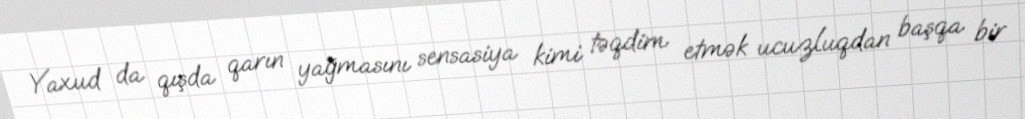
Yaxud da qışda qarın yağmasını sensasiya kimi təqdim etmək ucuzluqdan başqa bir